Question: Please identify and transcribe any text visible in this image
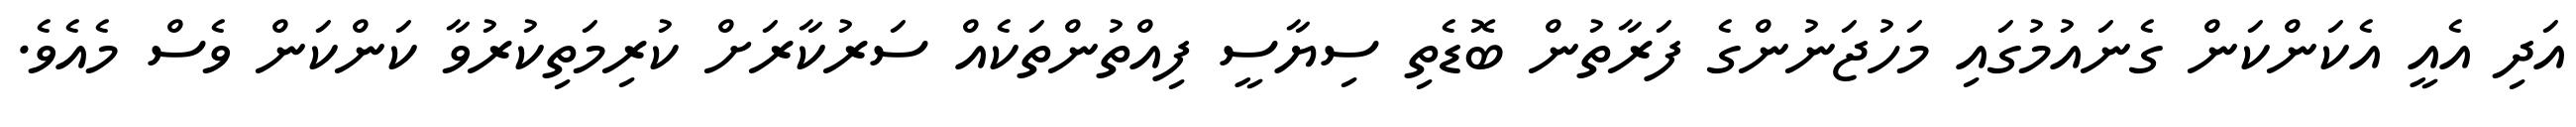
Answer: އަދި އެއީ އެކަންކަން ގެނައުމުގައި މަހުޖަނުންގެ ފަރާތުން ބޮޑެތި ސިޔާސީ ފިއްތުންތަކެއް ސަރުކާރަށް ކުރިމަތިކުރުވާ ކަންކަން ވެސް މެއެވެ.